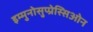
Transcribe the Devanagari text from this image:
इम्मुनोसुप्प्रेस्सिओन